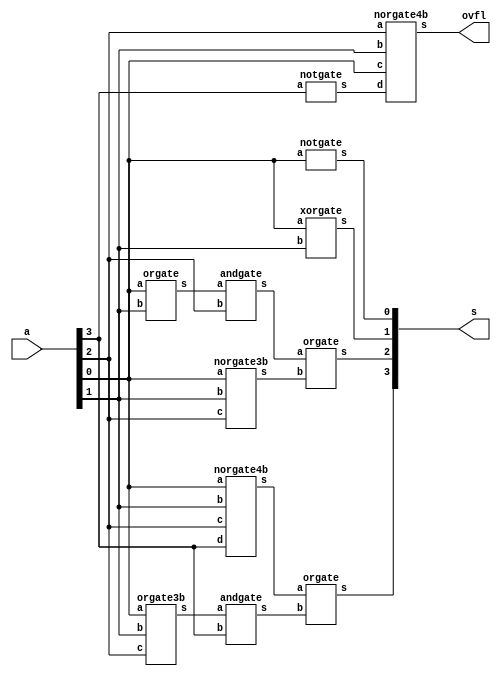
// -------------------------
// Exemplo0034  Decremento de 1
// Nome: Jenifer Henrique Moreira Borges
// ------------------------- 
 
module decremento (output [3:0] s, output ovfl, input [3:0] a);

        wire w0,w1,w2,w3,w4,w5,n1,n2,n3;
        orgate3b OR1(w0,a[0],a[1],a[2]);
        andgate AND1(w1,w0,a[3]);
        norgate4b NOR1(w2,a[0],a[1],a[2],a[3]);
        orgate OR2(s[3],w2,w1);

        orgate OR3(w3,a[0],a[1]);
        andgate AND2(w4,w3,a[2]);
        norgate3b NOR2(w5,a[0],a[1],a[2]);
        orgate OR4(s[2],w4,w5);

        xorgate XOR1(s[1],a[0],a[1]);

        notgate NOT1(s[0],a[0]);

        notgate NOT2(n1,a[3]);
        norgate4b NOR3(ovfl,a[2],a[1],a[0],n1);

endmodule //decremento


module norgate (output s,input a, input b);
  assign s = ~(a|b);
endmodule

module norgate3b (output s, input a, input b, input c);
  wire x;
  norgate NOR1(x,a,b);
  norgate NOR2(s,x,c);
endmodule

module norgate4b (output s,input a,input b,input c,input d);

  wire x,y;
  norgate NOR1(x,a,b);
  norgate NOR2(y,x,c);
  norgate NOR3(s,y,d);
endmodule


module notgate (output s,input a);
  assign s = ~a;
endmodule

module andgate3b (output s,input a,input b,input c);
  wire x;
  andgate AND1(x,a,b);
  andgate AND2(s,x,c);
endmodule

module andgate (output s, input a, input b);
  assign s = a & b;
endmodule

module xorgate (output s, input a, input b);
  assign s = a ^ b;
endmodule

module orgate (output s, input a,  input b);
  assign s = a | b;
endmodule

module orgate3b (output s, input a, input b, input c);
  wire x;
  orgate OR1(x,a,b);
  orgate OR2(s,x,c);
endmodule

module teste_decremento;
// ------------------------- definir dados
      reg [3:0] x = 4'b0000;
      wire overFlow;
      wire [3:0] result;

      decremento DEC1(result,overFlow,x);

// ------------------------- parte principal 
 initial begin 
      $display("Exemplo0033 - Jenifer Henrique Moreira Borges - 427420");
      $display("Decremento de 1\n");

      $monitor("%4b - 1 = %4b Overflow = %1b",x,result,overFlow);
      #1 x=4'b0110;
      #1 x=4'b0111;
      #1 x=4'b1000;
      #1 x=4'b0101;
      #1 x=4'b0011;
      #1 x=4'b0100;
 
 end
 
endmodule